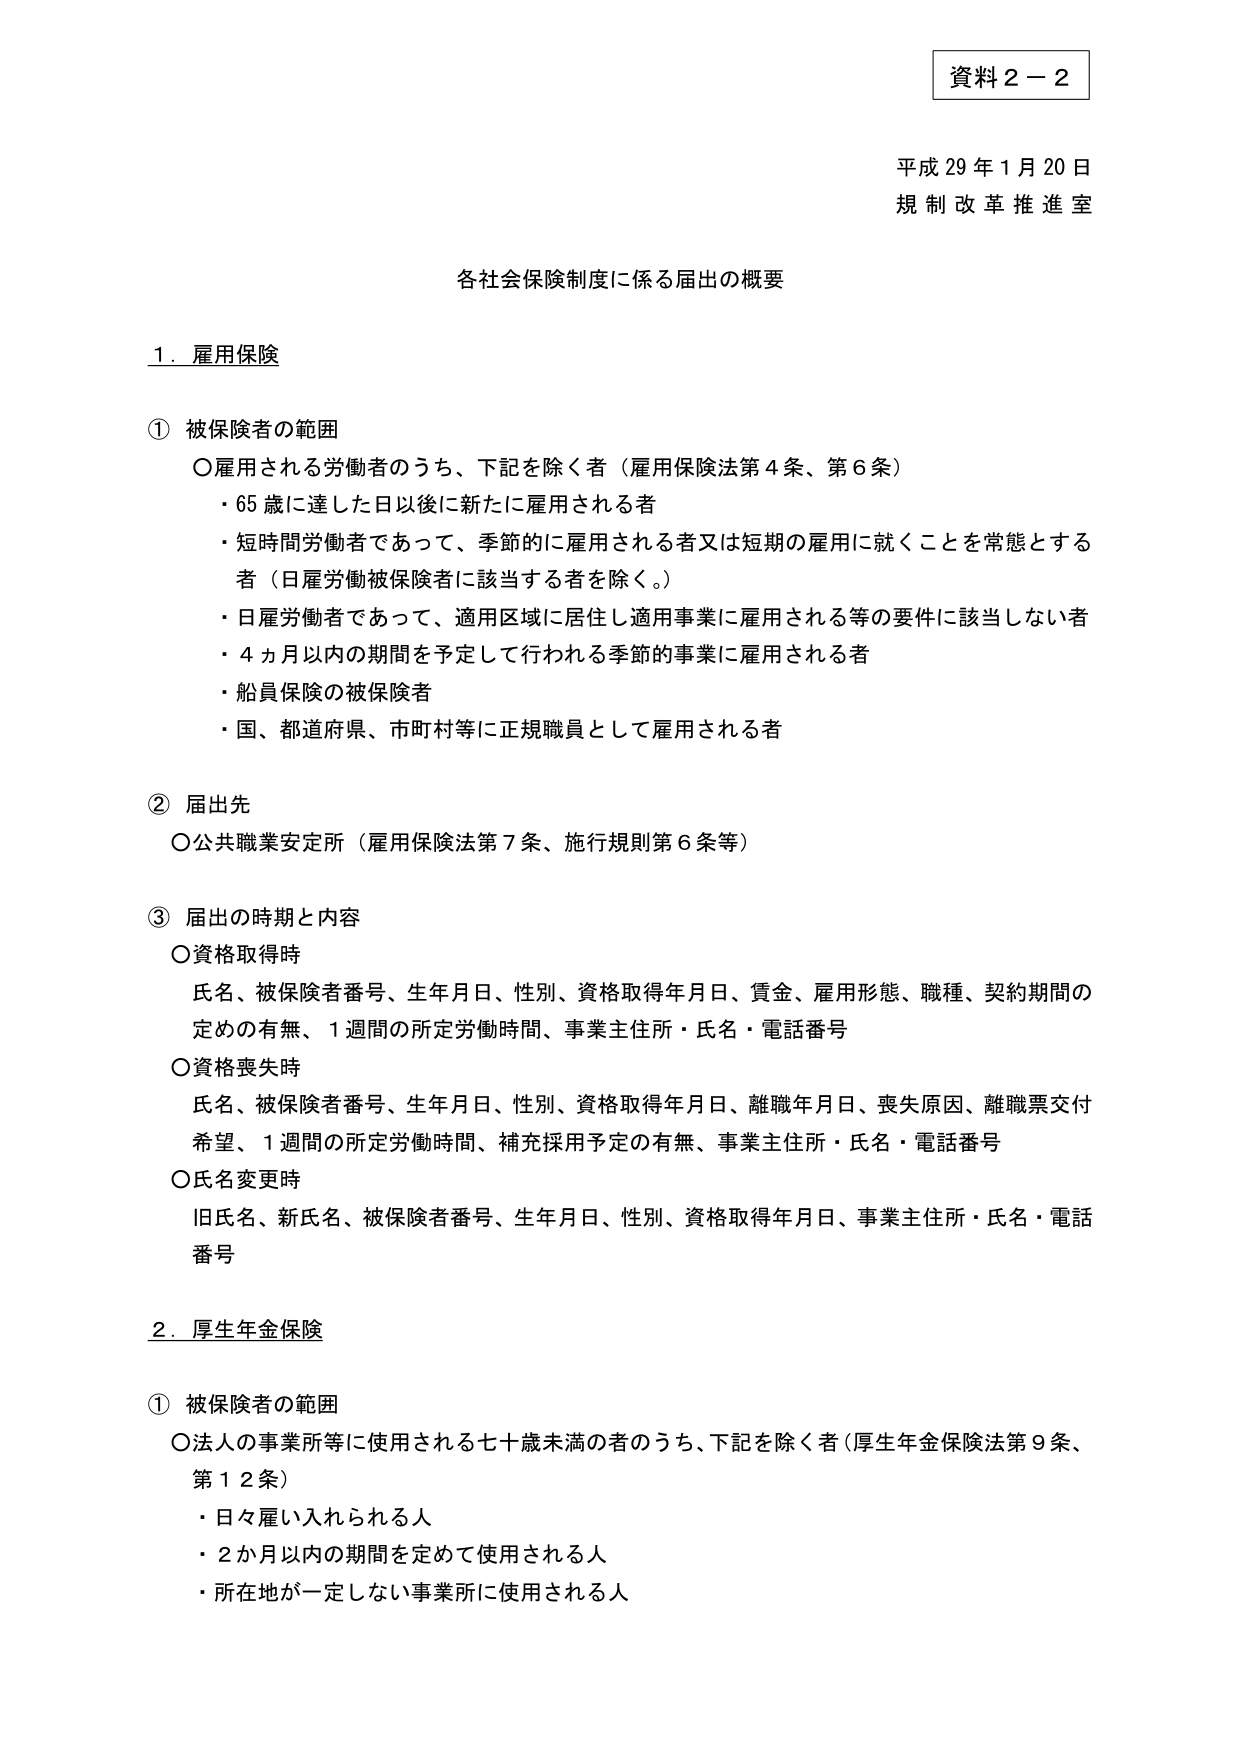
資料２－２
平成29年1月20日
規制改革推進室

各社会保険制度に係る届出の概要

1．雇用保険

① 被保険者の範囲
〇雇用される労働者のうち、下記を除く者（雇用保険法第4条、第6条）
・65歳に達した日以後に新たに雇用される者
・短時間労働者であって、季節的に雇用される者又は短期の雇用に就くことを常態とする者（日雇労働被保険者に該当する者を除く。）
・日雇労働者であって、適用区域に居住し適用事業に雇用される等の要件に該当しない者
・4ヵ月以内の期間を予定して行われる季節的事業に雇用される者
・船員保険の被保険者
・国、都道府県、市町村等に正規職員として雇用される者

② 届出先
〇公共職業安定所（雇用保険法第7条、施行規則第6条等）

③ 届出の時期と内容
〇資格取得時
氏名、被保険者番号、生年月日、性別、資格取得年月日、賃金、雇用形態、職種、契約期間の定めの有無、1週間の所定労働時間、事業主住所・氏名・電話番号
〇資格喪失時
氏名、被保険者番号、生年月日、性別、資格取得年月日、離職年月日、喪失原因、離職票交付希望、1週間の所定労働時間、補充採用予定の有無、事業主住所・氏名・電話番号
〇氏名変更時
旧氏名、新氏名、被保険者番号、生年月日、性別、資格取得年月日、事業主住所・氏名・電話番号

2．厚生年金保険

① 被保険者の範囲
〇法人の事業所等に使用される七十歳未満の者のうち、下記を除く者（厚生年金保険法第9条、第12条）
・日々雇い入れられる人
・2か月以内の期間を定めて使用される人
・所在地が一定しない事業所に使用される人